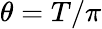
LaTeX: \theta=T/\pi